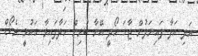
އަދި އަފާ ފައިނަލުން ޖާގަ ހޯދީ އޭނާ ކުރިން ހަދާފައިވާ ގައުމީ ރެކޯޑް